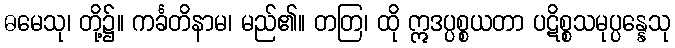
ဓမေသု၊ တို့၌။ ကင်္ခတိနာမ၊ မည်၏။ တတြ၊ ထို ဣဒပ္ပစ္စယတာ ပဋိစ္စသမုပ္ပန္နေသု